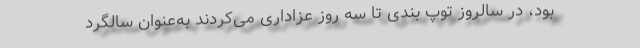
بود، در سالروز توپ بندی تا سه روز عزاداری می‌کردند به‌عنوان سالگرد